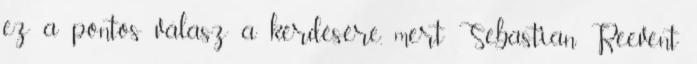
ez a pontos válasz a kérdésére, mert Sebastian Reevent